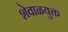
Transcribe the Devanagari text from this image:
शेवाळयुक्त